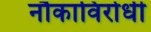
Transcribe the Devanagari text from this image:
नौकाविरोधी